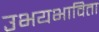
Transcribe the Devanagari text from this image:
उभयभाविता